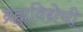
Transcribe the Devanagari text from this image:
ब्रह्मविद्येची